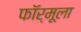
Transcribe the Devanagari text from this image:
फाॅर्मूला